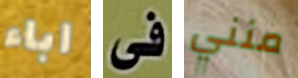
اباء فى منني